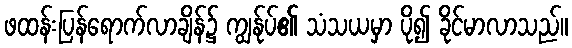
ဖထန်းပြန်ရောက်လာချိန်၌ ကျွန်ုပ်၏ သံသယမှာ ပို၍ ခိုင်မာလာသည်။